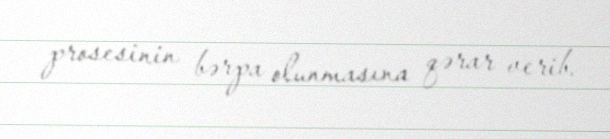
prosesinin bərpa olunmasına qərar verib.